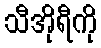
သီအိုရီကို